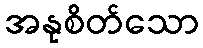
အနုစိတ်သော